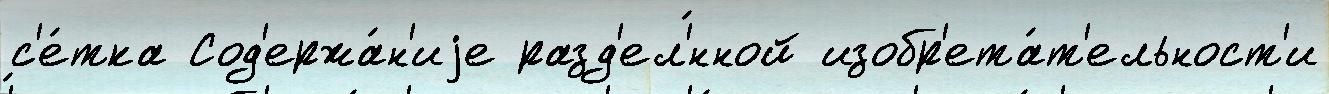
с'е́тка Сод'ержа́н'иjе разд'ел'́нной изобр'ета́т'ельност'и